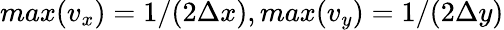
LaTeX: max(v_{x})=1/(2\Delta x),max(v_{y})=1/(2\Delta y)